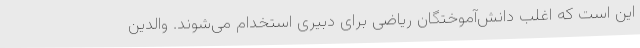
این است که اغلب دانش‌آموختگان ریاضی برای دبیری استخدام می‌شوند. والدین